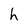
Character: h